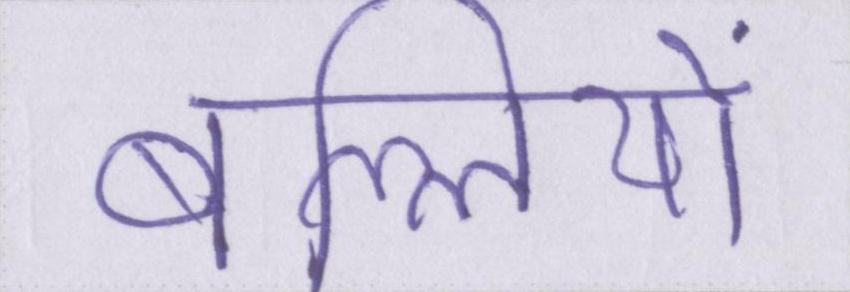
बल्लियों